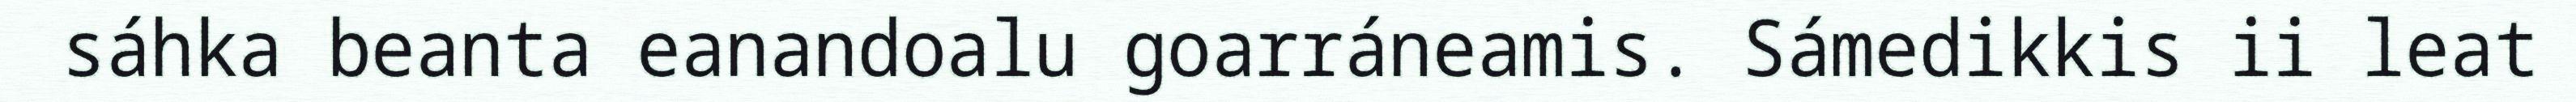
sáhka beanta eanandoalu goarráneamis. Sámedikkis ii leat